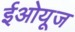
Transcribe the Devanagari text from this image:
ईओयूज